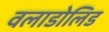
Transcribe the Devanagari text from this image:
वलाडोलिड